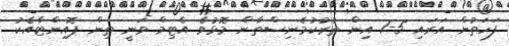
ފަހަތުން އަރައި 5-1 އިން ތުރުކުމެނިސްތާން މޮޅުވެ އެޓިމް ވަނީ ތިން ޕޮއިންޓާއެކު